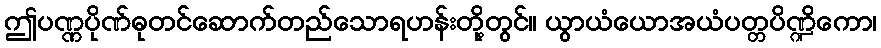
ဤပဏ္ဏပိုဏ်ဓုတင်ဆောက်တည်သောရဟန်းတို့တွင်။ ယွာယံယောအယံပတ္တပိဏ္ဍိကော၊